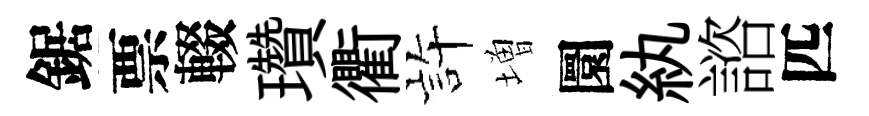
鋸票輟瓚衢静増圜紈諮匹